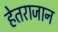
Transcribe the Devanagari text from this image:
हेतराजान